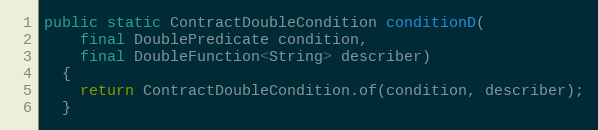
Language: Java
public static ContractDoubleCondition conditionD(
    final DoublePredicate condition,
    final DoubleFunction<String> describer)
  {
    return ContractDoubleCondition.of(condition, describer);
  }